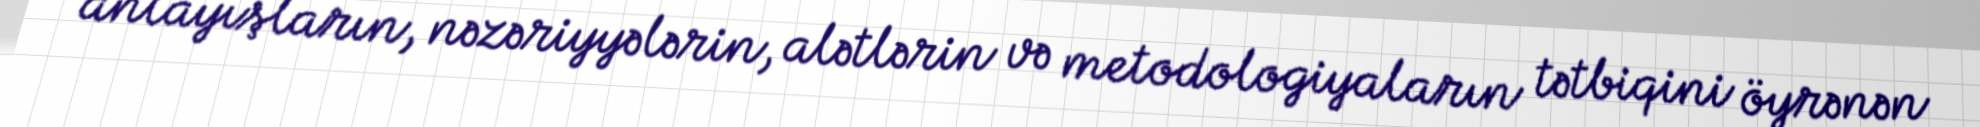
anlayışların, nəzəriyyələrin, alətlərin və metodologiyaların tətbiqini öyrənən